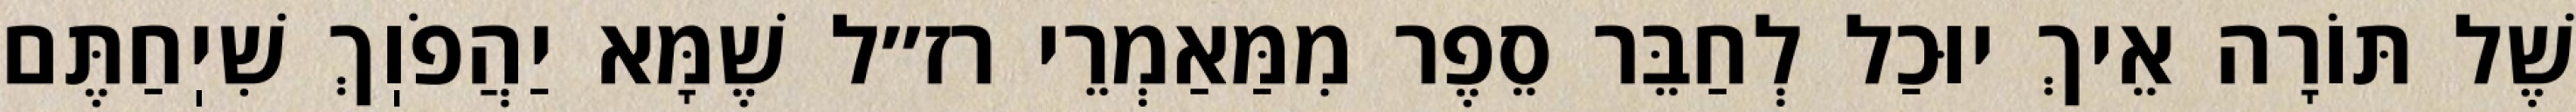
שֶׁל תּוֹרָה אֵיךְ יוּכַל לְחַבֵּר סֵפֶר מִמַּאַמְרֵי רז״ל שֶׁמָּא יַהֲפֹוֽךְ שִׁיֽחַתֶּם